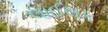
લાઈલક